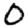
Digit: 0